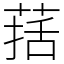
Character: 葀